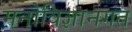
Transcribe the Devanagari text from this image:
मनोविज्ञानगत